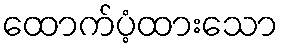
ထောက်ပံ့ထားသော